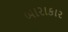
બારાકાર